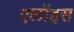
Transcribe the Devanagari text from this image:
एलॉइस